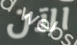
الآن